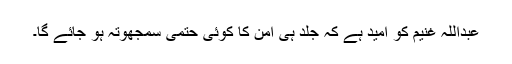
عبداللہ غنیم کو امید ہے کہ جلد ہی امن کا کوئی حتمی سمجھوتہ ہو جائے گا۔